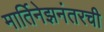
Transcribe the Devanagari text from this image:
मार्तिनेझनंतरची